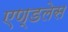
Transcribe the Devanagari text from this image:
एण्डलेस